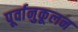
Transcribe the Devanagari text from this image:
पूर्वानुकूलन